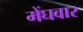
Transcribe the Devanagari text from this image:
मेंघवार